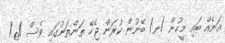
އަނެއް ބައި މީހުން /ނ/ ބޭނުން ކުރަން ޖެހޭ ތަންތަނުގައި ވެސް /ޱ/